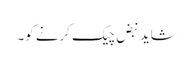
شاید نبض چیک کرنے کو۔